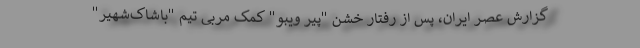
گزارش عصر ایران، پس از رفتار خشن "پیر ویبو" کمک مربی تیم "باشاک‌شهیر"